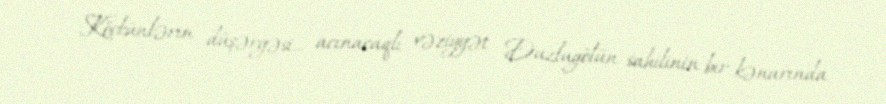
Köçkünlərin düşərgəsi... acınacaqlı vəziyyət Duzlugölün sahilinin bir kənarında